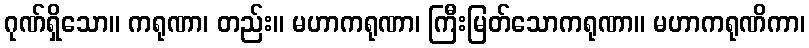
ဂုဏ်ရှိသော။ ကရုဏာ၊ တည်း။ မဟာကရုဏာ၊ ကြီးမြတ်သောကရုဏာ။ မဟာကရုဏိကာ၊